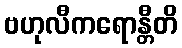
ဗဟုလီကရောန္တီတိ